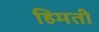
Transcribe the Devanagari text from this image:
हिमती